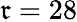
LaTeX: \mathfrak{r}=28